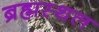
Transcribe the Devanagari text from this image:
ब्रह्मस्थल